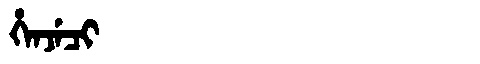
Manchu: ᡥᡝᠨᠵᡝᠴᡳ
Romanization: HENJECI